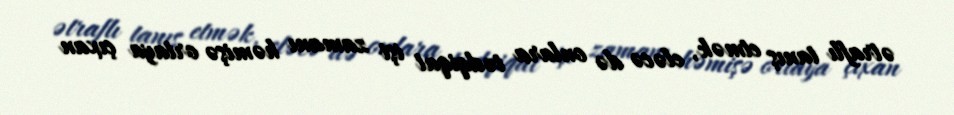
ətraflı tanış etmək, eləcə də onlara tədqiqat işi zamanı həmişə ortaya çıxan